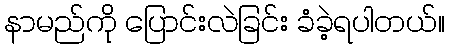
နာမည်ကို ပြောင်းလဲခြင်း ခံခဲ့ရပါတယ်။